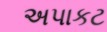
અપાકટ